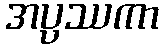
အပ္ပဿကာ